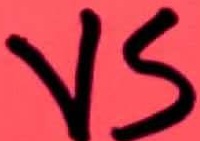
Text: VS